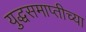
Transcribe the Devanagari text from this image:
युद्धसमाप्तीच्या